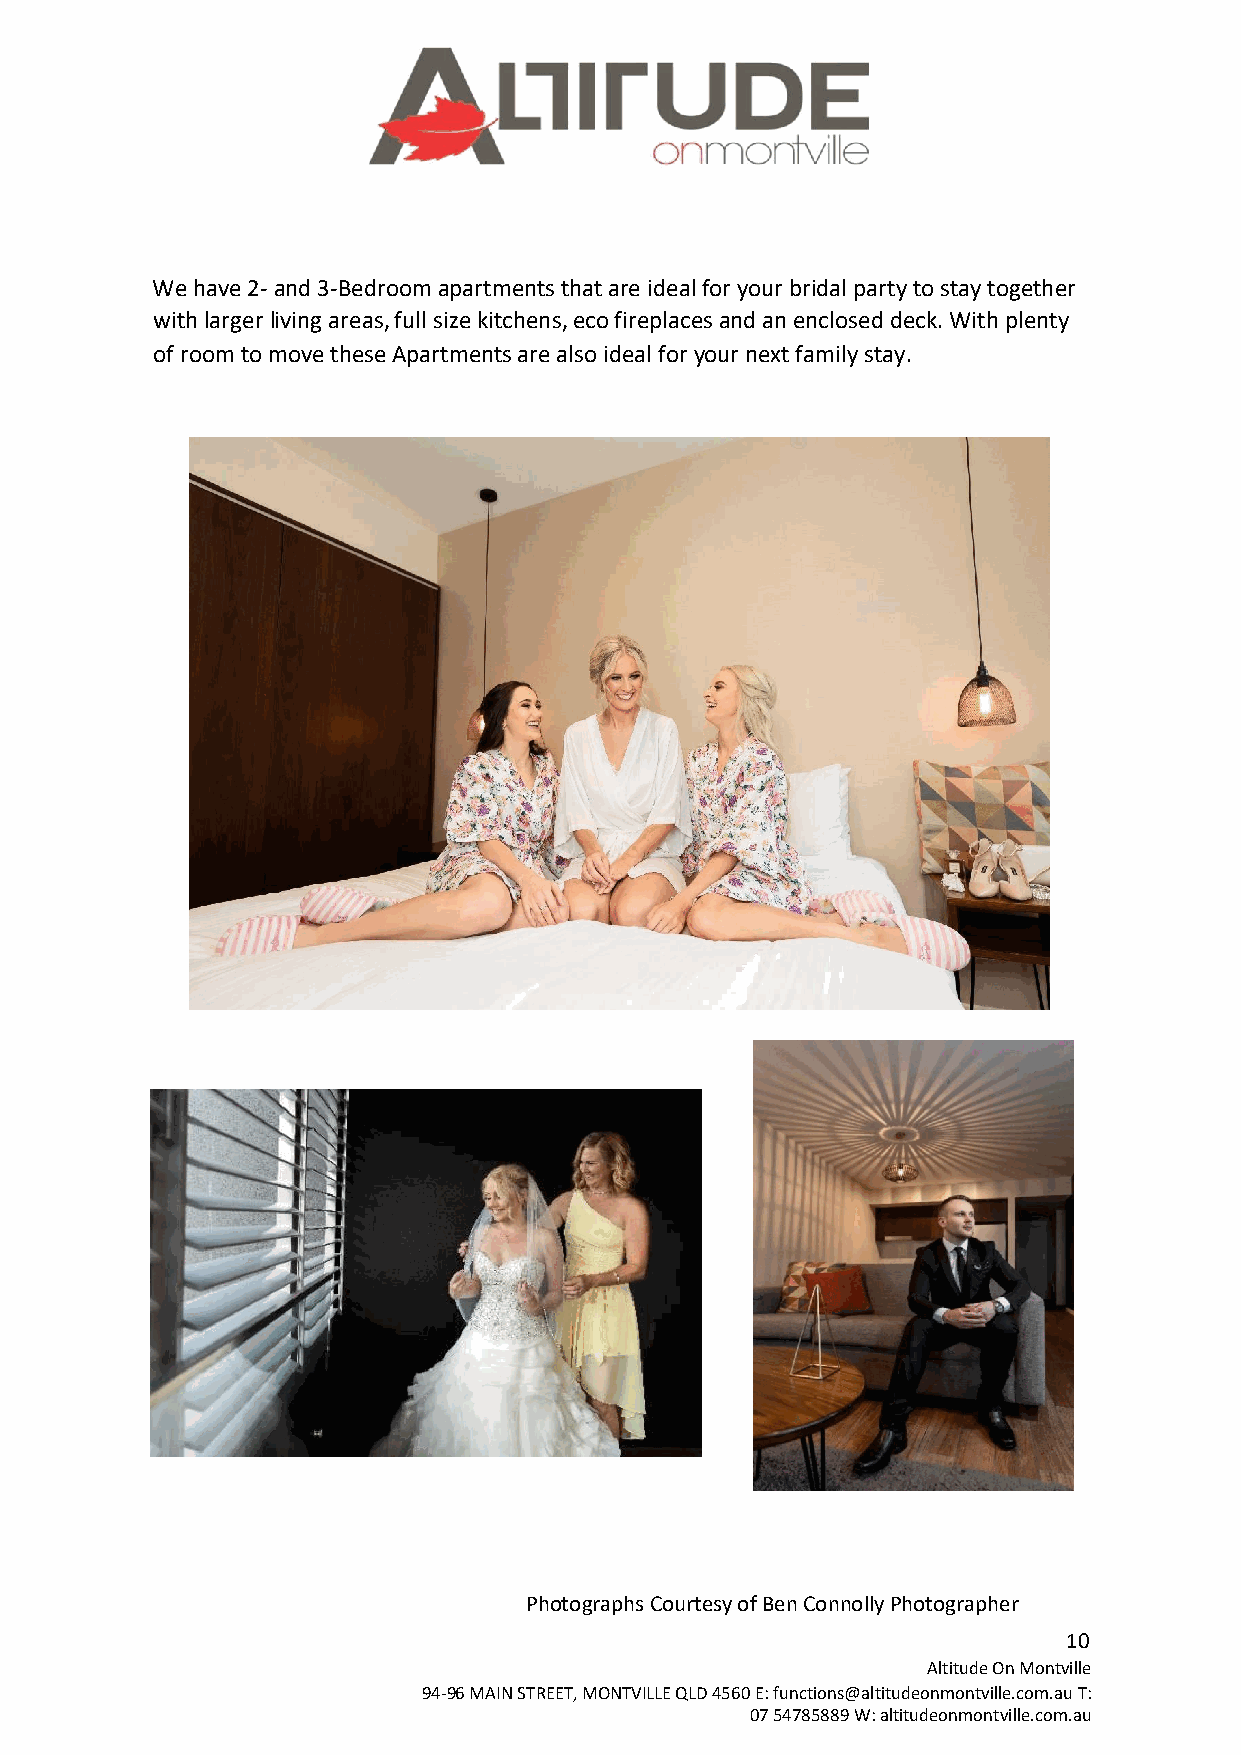
We have 2- and 3-Bedroom apartments that are ideal for your bridal party to stay together
 with larger living areas, full size kitchens, eco fireplaces and an enclosed deck. With plenty
 of room to move these Apartments are also ideal for your next family stay.
 Photographs Courtesy of Ben Connolly Photographer
 10
 Altitude On Montville
 94-96 MAIN STREET, MONTVILLE QLD 4560 E: functions@altitudeonmontville.com.au T:
 07 54785889 W: altitudeonmontville.com.au